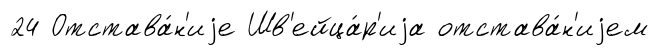
24 Отстава́н'иjе Шв'ейца́р'иjа отстава́н'иjем